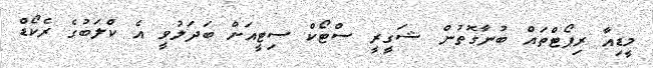
މީޑިއާ ރިޕޯޓްތައް ބުނާގޮތުން ޝަގީރީ ސްޓޯކް ސިޓީއަށް ބަދަލުވީ އެ ކްލަބުގެ ރެކޯޑް